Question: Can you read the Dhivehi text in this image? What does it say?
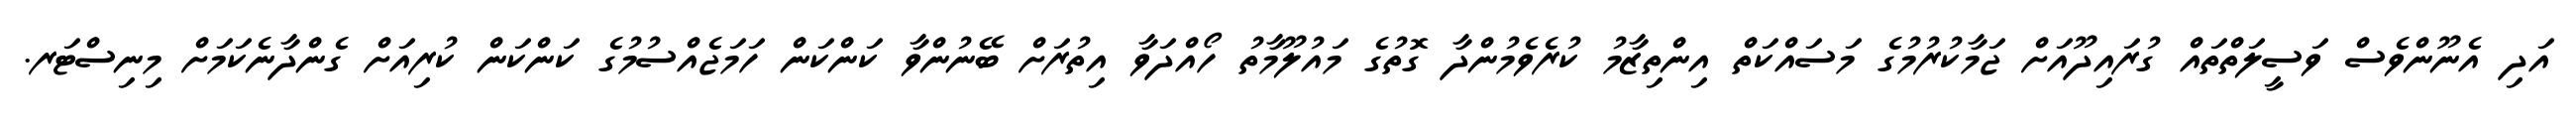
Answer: އަދި އެނޫންވެސް ވަސީލަތްތައް ގުރައިދޫއަށް ޖަމާކުރުމުގެ މަސައްކަތް އިންތިޒާމު ކުރެވެމުންދާ ގޮތުގެ މައުލޫމާތު ހޯއްދަވާ އިތުރަށް ބޭނުންވާ ކަންކަން ހަމަޖެއްސުމުގެ ކަންކަން ކުރިއަށް ގެންދާނެކަމަށް މިނިސްޓަރ.